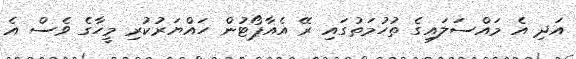
އަދި އެ މައްސަލައިގެ ތުހުމަތުގައި ރޭ އެއާޕޯޓުން ހައްޔަރުކުރި މީހާގެ ވެސް އެ